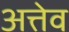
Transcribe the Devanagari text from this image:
अत्तेव